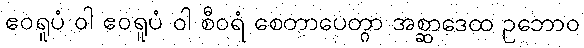
ဧဝရူပံ ဝါ ဧဝရူပံ ဝါ စီဝရံ စေတာပေတွာ အစ္ဆာဒေထ ဥဘောဝ